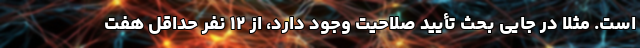
است. مثلاً در جایی بحث تأیید صلاحیت وجود دارد، از ۱۲ نفر حداقل هفت